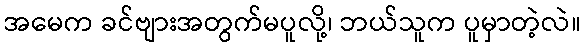
အမေက ခင်ဗျားအတွက်မပူလို့၊ ဘယ်သူက ပူမှာတဲ့လဲ။